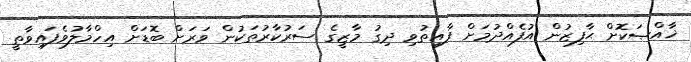
ޚާއްޞަކޮށް ޙާފިޒުން އުފެއްދުމަށް ފާއިތުވި ދިގު މާޒީގެ ސަރުކާރުތަކުން ވަރަށް ބޮޑަށް އިހްމާލުވެފައިވާތީ